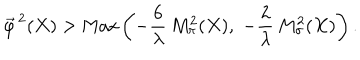
\vec { \varphi } ^ { \, 2 } ( X ) > \mathrm { M a x } \left( - \frac { 6 } { \lambda } \, M _ { \pi } ^ { 2 } ( X ) , \; - \frac { 2 } { \lambda } \, M _ { \sigma } ^ { 2 } ( X ) \right) .